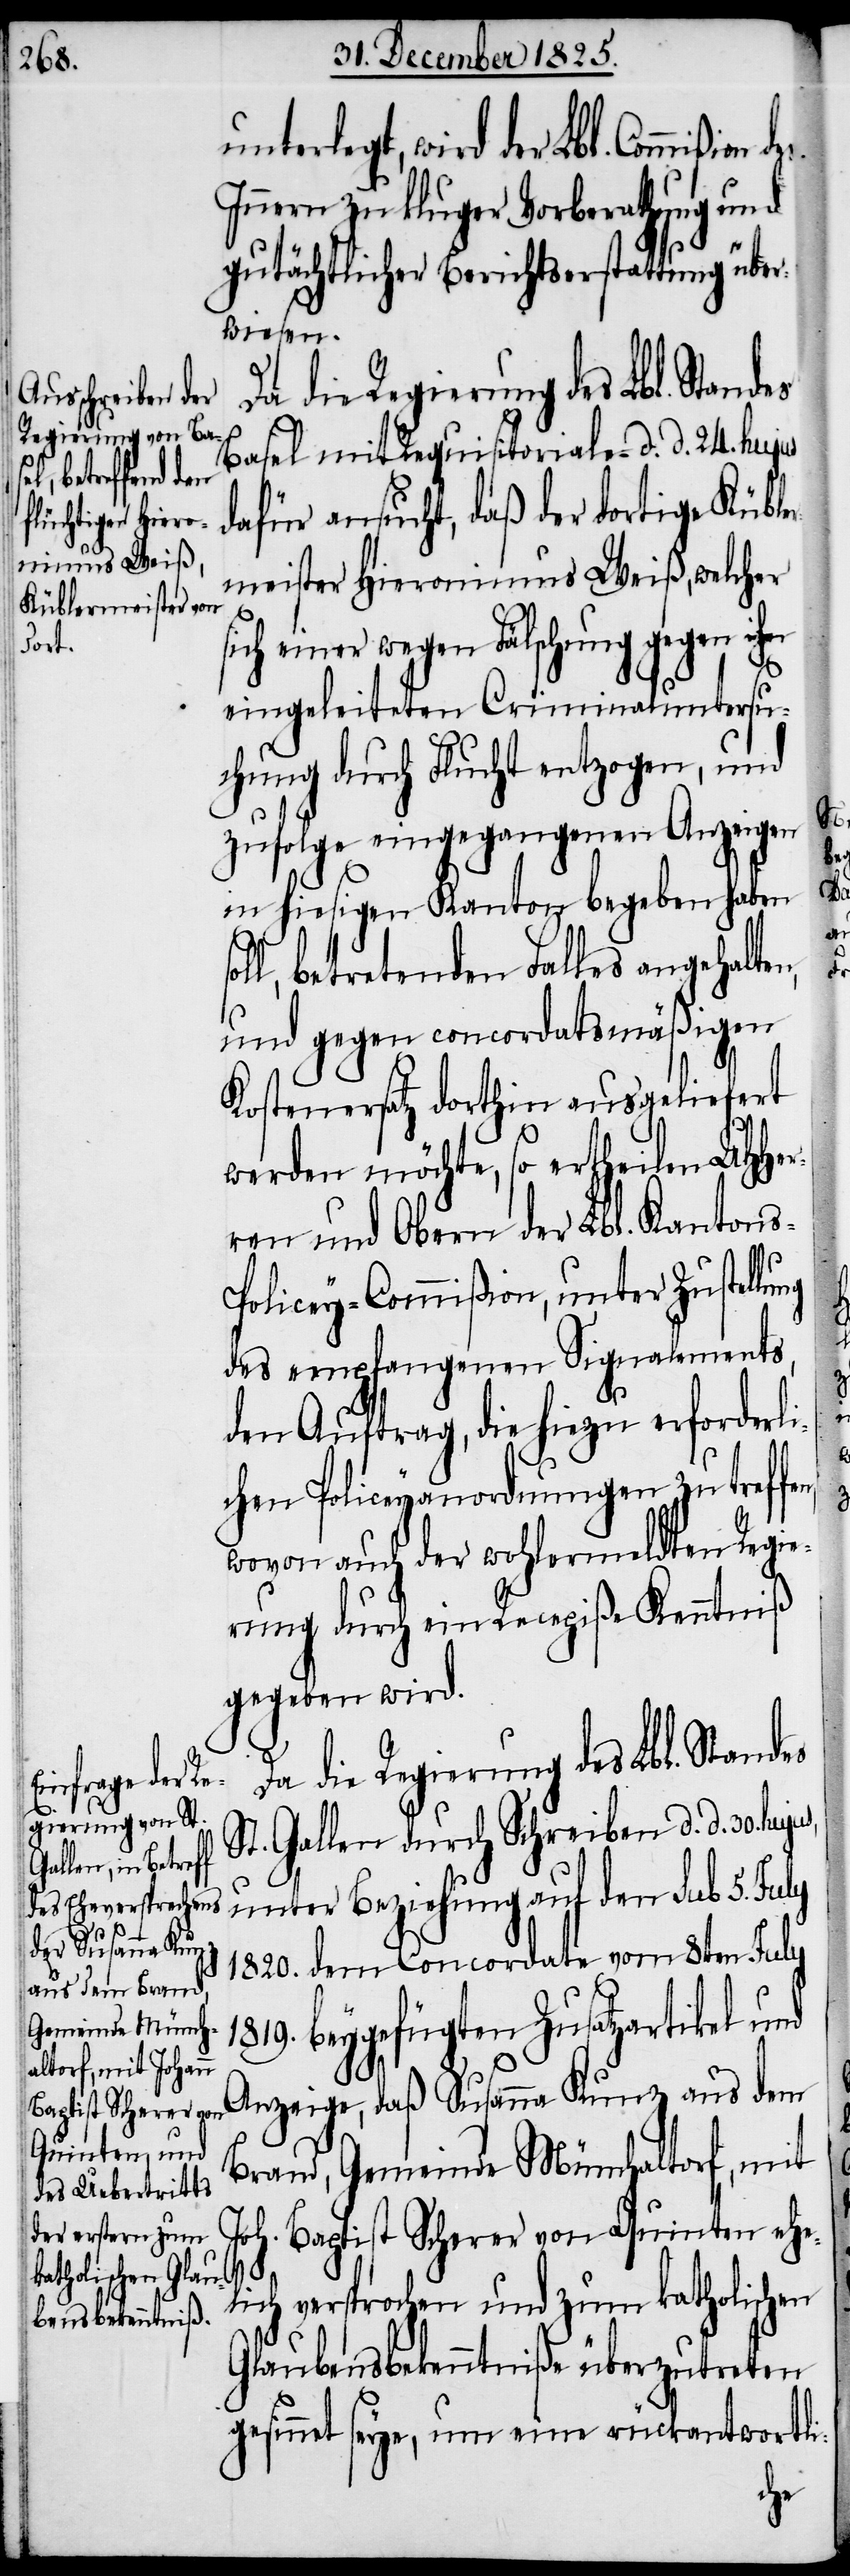
so¬
n,

unterlegt, wird der Lbl. Commißion
Inneren zu kluger Vorberathung und
gutächtlicher Berichtserstattung über¬
wiesen.
Basel mit Requisitoriale d. d. 24. hujus
dafür ansucht, daß der dortige Küble¬
rmeister Hieronimus Weiß, welcher
sich einer wegen Fälschung gegen ihn
eingeleiteten Criminaluntersu¬
chung durch Flucht entzogen, und
zufolge eingegangenen Anzeigen
in hiesigen Kanton begeben haben
ll, betretenden Falles angehalte¬
und gegen concordatsmäßigen
Kostenersatz dorthin ausgeliefert
werden möchte, so ertheilen UHHer¬
ren und Obern der Lbl. Kantons-P¬
olicey-Commißion unter Zustellu¬
des empfangenen Signalements,
den Auftrag, die hiezu erforderli¬
chen Policeyanordnungen zu treffe¬
wovon auch der wohlermeldten Regie¬
rung durch ein Recepiße Kenntniß
gegeben wird.
Da die Regierung des Lbl. Standes
St. Gallen durch Schreiben d. d. 30.
unter Beziehung auf den sub 5. July
1820. dem Concordate vom 8ten July
beygefügten Zusatzartikel und
Anzeige, daß Susanna Kunz aus dem
Brand, Gemeinde Münchaltorf, mit
Joh. Baptist Scherer von Quinten ehe¬
lich versprochen und zum katholischen
Glaubensbekenntniße überzutreten
gesinnet seye, um eine rückantwortli-
ng